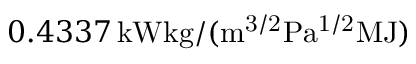
0 . 4 3 3 7 \, \mathrm { k W k g / ( m ^ { 3 / 2 } P a ^ { 1 / 2 } M J ) }